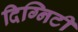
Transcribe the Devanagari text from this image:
दिग्निटी